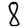
Digit: 8